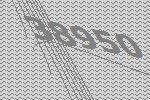
38950